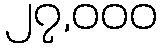
၂၇,၀၀၀